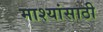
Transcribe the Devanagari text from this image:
माश्यांसाठी